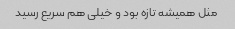
مثل همیشه تازه بود و خیلی هم سریع رسید